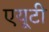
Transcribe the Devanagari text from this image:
एयूटी